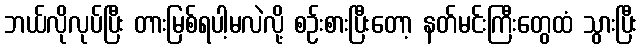
ဘယ်လိုလုပ်ပြီး တားမြစ်ရပါ့မလဲလို့ စဉ်းစားပြီးတော့ နတ်မင်းကြီးတွေထံ သွားပြီး